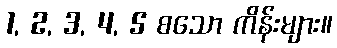
1, 2, 3, 4, 5 စသော ကိန်းများ။